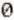
0